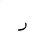
Letter: _ra